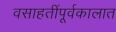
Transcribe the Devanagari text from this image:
वसाहतींपूर्वकालात